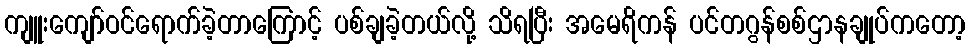
ကျူးကျော်ဝင်ရောက်ခဲ့တာကြောင့် ပစ်ချခဲ့တယ်လို့ သိရပြီး အမေရိကန် ပင်တဂွန်စစ်ဌာနချုပ်ကတော့